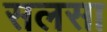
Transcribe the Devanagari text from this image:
सलसा